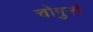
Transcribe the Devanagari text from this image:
चोगुनी